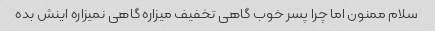
سلام ممنون اما چرا پسر خوب گاهی تخفیف میزاره گاهی نمیزاره اینش بده